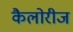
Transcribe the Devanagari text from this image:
कैलोरीज